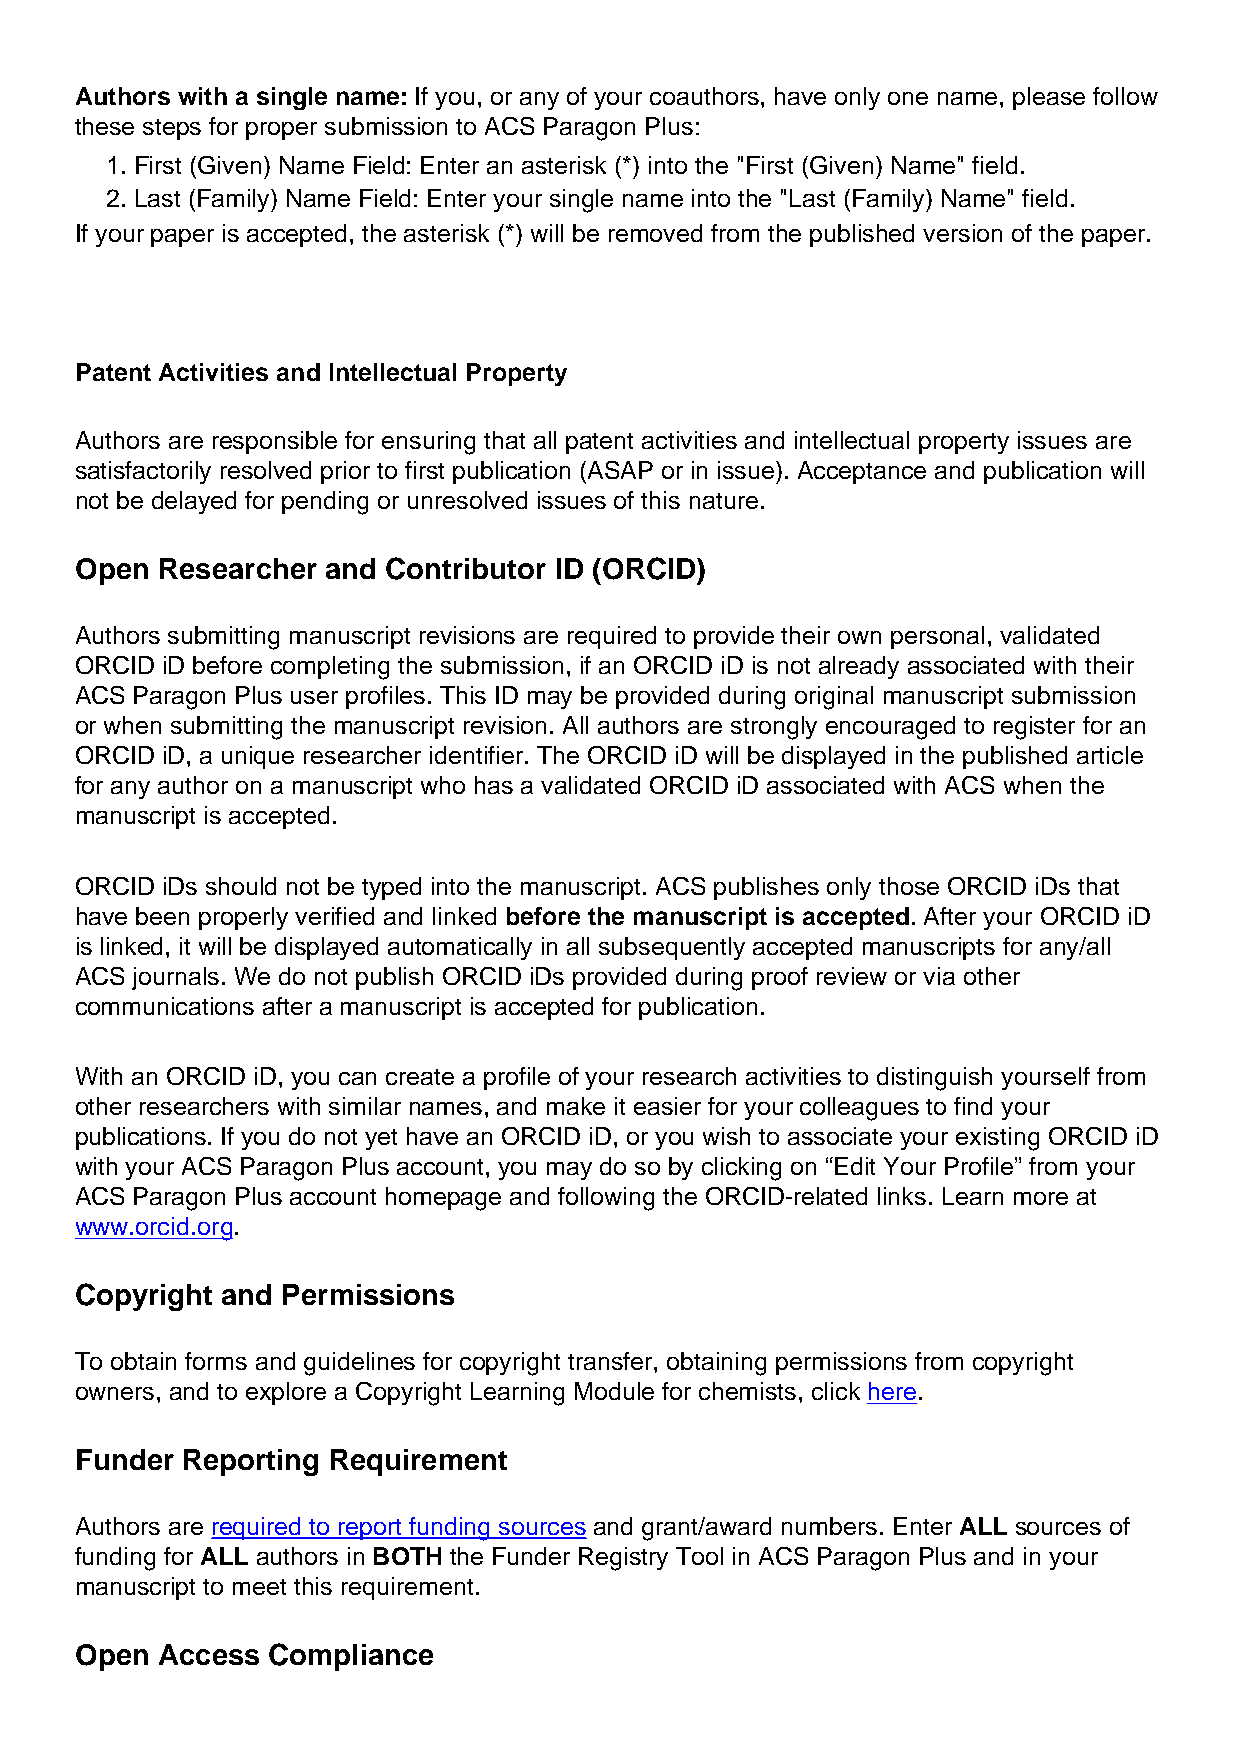
Authors with a single name: If you, or any of your coauthors, have only one name, please follow
 these steps for proper submission to ACS Paragon Plus:
 1. First (Given) Name Field: Enter an asterisk (*) into the "First (Given) Name" field.
 2. Last (Family) Name Field: Enter your single name into the "Last (Family) Name" field.
 If your paper is accepted, the asterisk (*) will be removed from the published version of the paper.
 Patent Activities and Intellectual Property
 Authors are responsible for ensuring that all patent activities and intellectual property issues are
 satisfactorily resolved prior to first publication (ASAP or in issue). Acceptance and publication will
 not be delayed for pending or unresolved issues of this nature.
 Open Researcher  and Contributor ID (ORCID)
 Authors submitting manuscript revisions are required to provide their own personal, validated
 ORCID iD before completing the submission, if an ORCID iD is not already associated with their
 ACS Paragon Plus user profiles. This ID may be provided during original manuscript submission
 or when submitting the manuscript revision. All authors are strongly encouraged to register for an
 ORCID iD, a unique researcher identifier. The ORCID iD will be displayed in the published article
 for any author on a manuscript who has a validated ORCID iD associated with ACS when the
 manuscript is accepted.
 ORCID iDs should not be typed into the manuscript. ACS publishes only those ORCID iDs that
 have been properly verified and linked before the manuscript is accepted. After your ORCID iD
 is linked, it will be displayed automatically in all subsequently accepted manuscripts for any/all
 ACS journals. We do not publish ORCID iDs provided during proof review or via other
 communications after a manuscript is accepted for publication.
 With an ORCID iD, you can create a profile of your research activities to distinguish yourself from
 other researchers with similar names, and make it easier for your colleagues to find your
 publications. If you do not yet have an ORCID iD, or you wish to associate your existing ORCID iD
 with your ACS Paragon Plus account, you may do so by clicking on “Edit Your Profile” from your
 ACS Paragon Plus account homepage and following the ORCID-related links. Learn more at
 www.orcid.org.
 Copyright and Permissions
 To obtain forms and guidelines for copyright transfer, obtaining permissions from copyright
 owners, and to explore a Copyright Learning Module for chemists, click here.
 Funder Reporting Requirement
 Authors are required to report funding sources and grant/award numbers. Enter ALL sources of
 funding for ALL authors in BOTH the Funder Registry Tool in ACS Paragon Plus and in your
 manuscript to meet this requirement.
 Open Access  Compliance